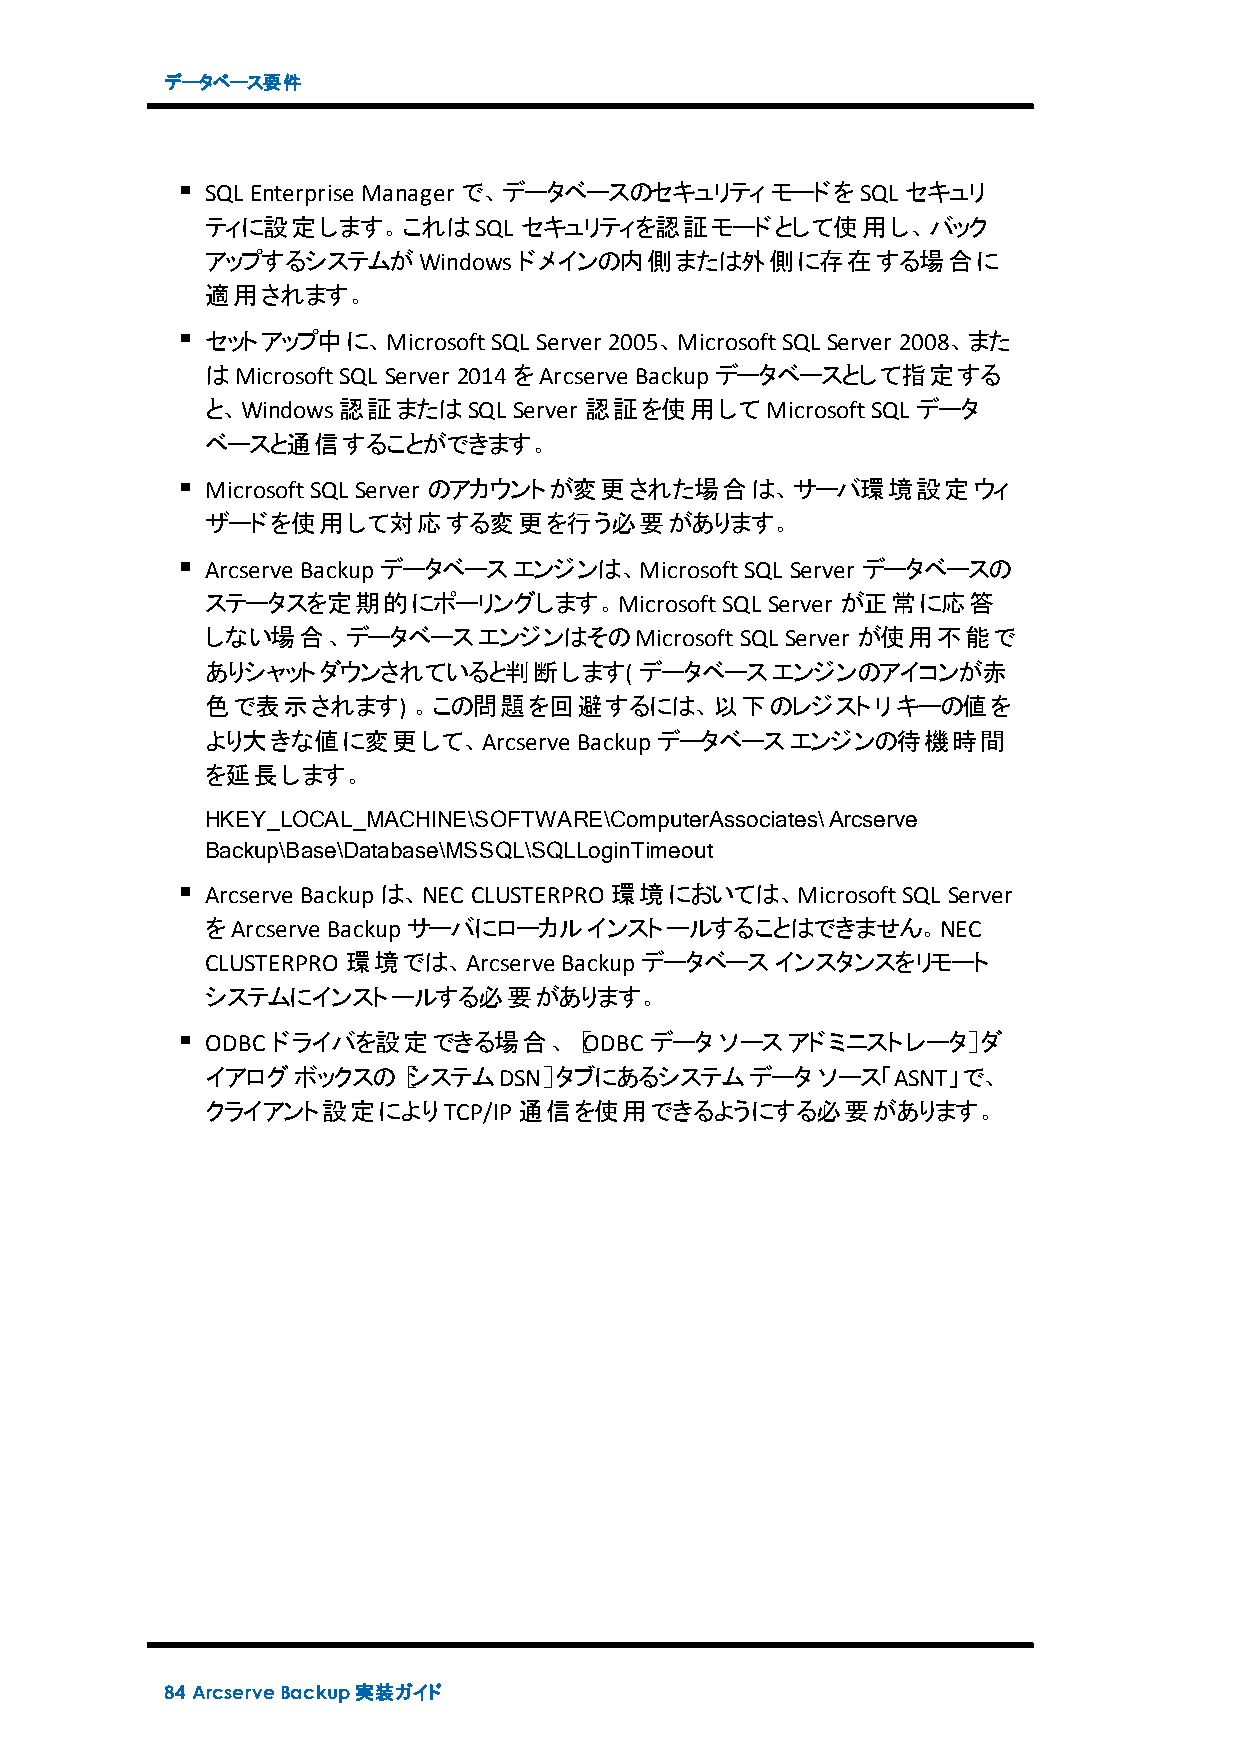
データベース要件
 SQL Enterprise Manager で、データベースのセキュリティモードをSQL セキュリ
 ティに設定します。これはSQL     セキュリティを認証モードとして使用し、バック
 アップするシステムがWindowsドメインの内側または外側に存在する場合に
 適用されます。
 セットアップ中に、MicrosoftSQL Server 2005、MicrosoftSQL Server 2008、また
 はMicrosoftSQL Server 2014をArcserve Backupデータベースとして指定する
 と、Windows認証またはSQL   Server 認証を使用してMicrosoftSQL データ
 ベースと通信することができます。
 MicrosoftSQL Server のアカウントが変更された場合は、サーバ環境設定ウィ
 ザードを使用して対応する変更を行う必要があります。
 Arcserve Backupデータベースエンジンは、MicrosoftSQL Server データベースの
 ステータスを定期的にポーリングします。MicrosoftSQL      Server が正常に応答
 しない場合、データベースエンジンはそのMicrosoftSQL       Server が使用不能で
 ありシャットダウンされていると判断します(       データベースエンジンのアイコンが赤
 色で表示されます)    。この問題を回避するには、以下のレジストリキーの値を
 より大きな値に変更して、Arcserve    Backupデータベースエンジンの待機時間
 を延長します。
 HKEY_LOCAL_MACHINE\SOFTWARE\ComputerAssociates\Arcserve
 Backup\Base\Database\MSSQL\SQLLoginTimeout
 Arcserve Backupは、NEC CLUSTERPRO 環境においては、MicrosoftSQL Server
 をArcserve Backupサーバにローカルインストールすることはできません。NEC
 CLUSTERPRO 環境では、Arcserve Backupデータベースインスタンスをリモート
 システムにインストールする必要があります。
 ODBC ドライバを設定できる場合、［ODBC      データソースアドミニストレータ］ダ
 イアログボックスの［システムDSN］タブにあるシステムデータソース「ASNT」で、
 クライアント設定によりTCP/IP通信を使用できるようにする必要があります。
 84 ArcserveBackup実装ガイド